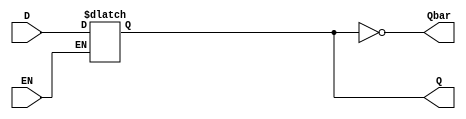
module D_Latch_behavioral(
  input D, EN,
  output reg Q,
  output Qbar
);
  always @(*) begin
    if(EN) begin
      Q <= D;
    end
  end
  assign Qbar = ~Q;
endmodule